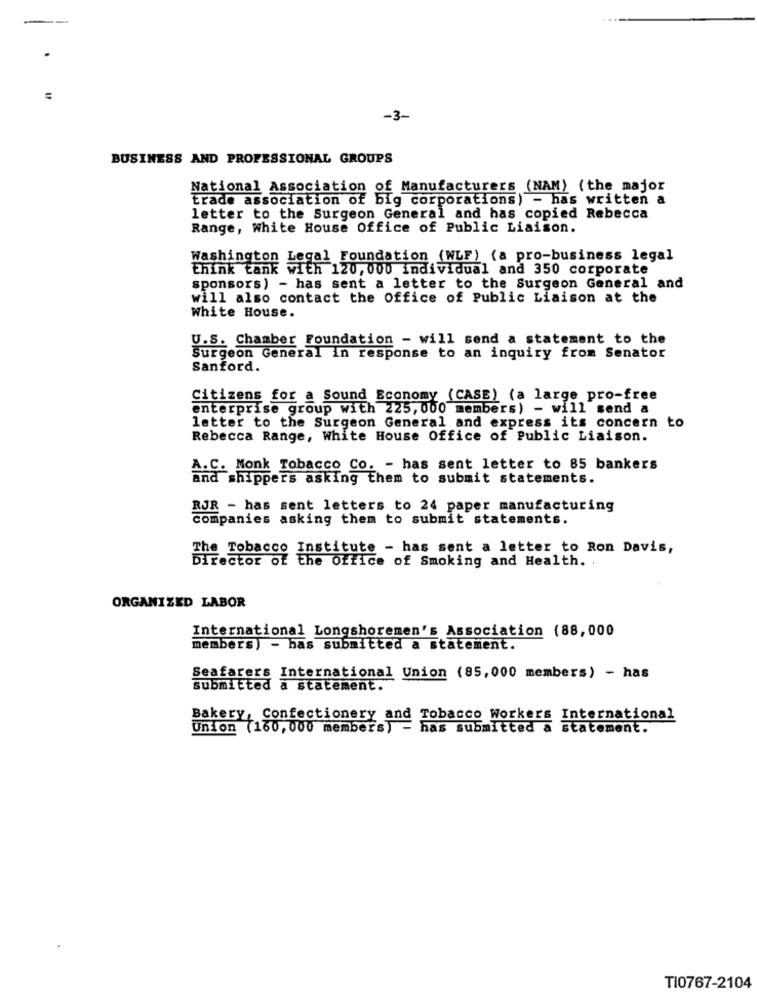
--
-3-
BUSINESS AND PROFESSIONAL GROUPS
National Association of Manufacturers (NAM) (the major
trade association of big corporations) - has written a
letter to the Surgeon General and has copied Rebecca
Range, White House Office of Public Liaison.
Washington Legal Foundation (WLF) (a pro-business legal
think tank with 120, 000 individual and 350 corporate
sponsors) - has sent a letter to the Surgeon General and
will also contact the Office of Public Liaison at the
White House.
U.S. Chamber Foundation - will send a statement to the
Surgeon General in response to an inquiry from Senator
Sanford.
Citizens for a Sound Economy (CASE) (a large pro-free
enterprise group with 225, 000 members) - will send a
letter to the Surgeon General and express its concern to
Rebecca Range, White House Office of Public Liaison.
A.C. Monk Tobacco Co. - has sent letter to 85 bankers
and shippers asking them to submit statements.
RJR - has sent letters to 24 paper manufacturing
companies asking them to submit statements.
The Tobacco Institute - has sent a letter to Ron Davis,
Director of the Office of Smoking and Health.
ORGANIZED LABOR
International Longshoremen's Association (88,000
members) - has submitted a statement.
Seafarers International Union (85,000 members) - has
submitted a statement.
Bakery, Confectionery and Tobacco Workers International
Union (160, 000 members) - has submitted a statement.
TI0767-2104